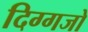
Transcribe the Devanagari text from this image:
दिग्गजो